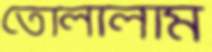
তোলালাম